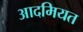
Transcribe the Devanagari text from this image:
आदमियत